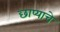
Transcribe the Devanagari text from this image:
छाप्याचे